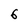
Character: 6